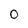
Character: 0